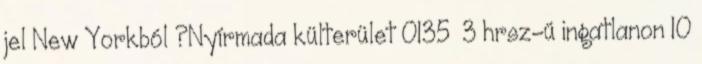
jel New Yorkból ?Nyírmada külterület 0135 3 hrsz-ú ingatlanon 10